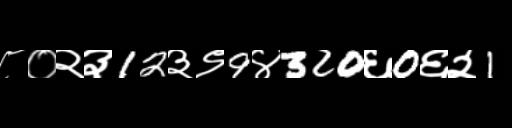
Text: ८०२३12३९9४320६0६२1